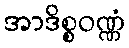
အာဒိစ္စဝဏ္ဏံ